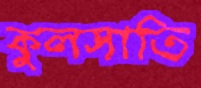
কুলসাতি